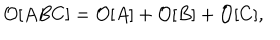
{ \cal O } [ A B C ] = { \cal O } [ A ] + { \cal O } [ B ] + { \cal O } [ C ] ,